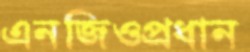
এনজিওপ্রধান